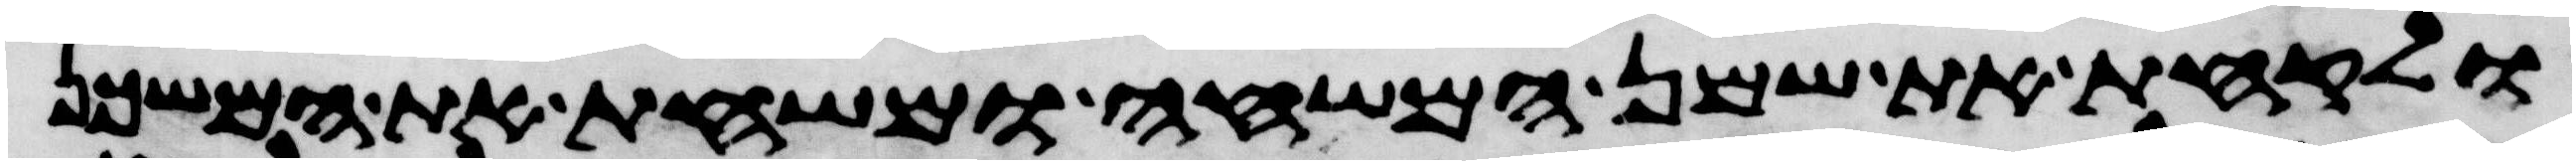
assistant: ולקחת את שמן המשחה ומשחת את המשכן